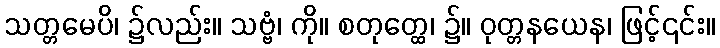
သတ္တမေပိ၊ ၌လည်း။ သဗ္ဗံ၊ ကို။ စတုတ္ထေ၊ ၌။ ဝုတ္တနယေန၊ ဖြင့်၎င်း။